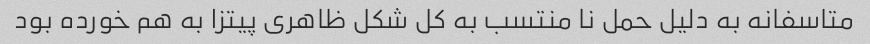
متاسفانه به دلیل حمل نا منتسب به کل شکل ظاهری پیتزا به هم خورده بود